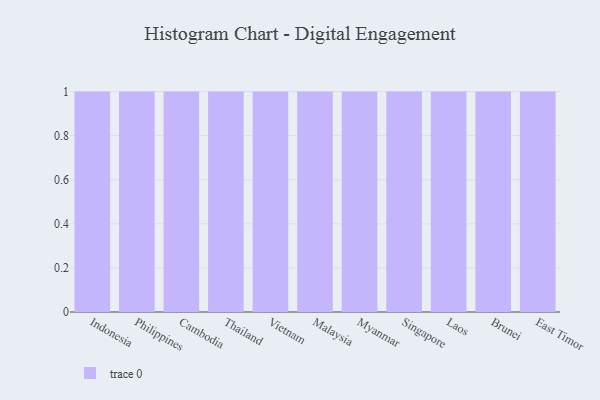
{"axis": {"x": "Country", "y": "Headcount"}, "legend": [""], "data": [{"x": "Indonesia", "y": 62, "type": ""}, {"x": "Philippines", "y": 10, "type": ""}, {"x": "Cambodia", "y": 88, "type": ""}, {"x": "Thailand", "y": 24, "type": ""}, {"x": "Vietnam", "y": 57, "type": ""}, {"x": "Malaysia", "y": 84, "type": ""}, {"x": "Myanmar", "y": 7, "type": ""}, {"x": "Singapore", "y": 85, "type": ""}, {"x": "Laos", "y": 65, "type": ""}, {"x": "Brunei", "y": 37, "type": ""}, {"x": "East Timor", "y": 23, "type": ""}]}